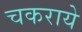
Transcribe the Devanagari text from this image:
चकराये